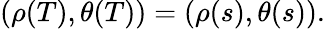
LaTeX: (\rho(T),\theta(T))=(\rho(s),\theta(s)).